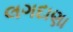
લગદાણા